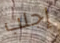
إجلب